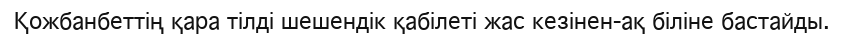
Қожбанбеттің қара тілді шешендік қабілеті жас кезінен-ақ біліне бастайды.